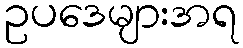
ဥပဒေများအရ